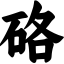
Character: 硌